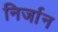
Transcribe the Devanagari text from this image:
निर्जान